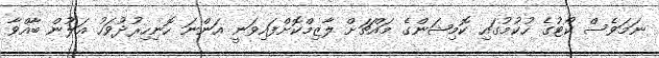
ނަމަވެސް ކޯޓުގެ ހުކުމުގައި ކޮމިޝަންގެ މައްޗަށް ލާޒިމްކޮށްފައިވަނީ އަންނަ ހޮނިހިރުދުވަހު އަލުން ބާއްވާ